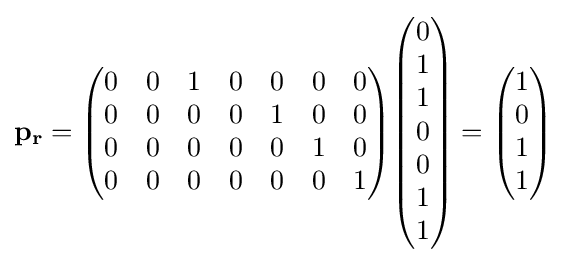
\mathbf {p_{r}} ={\begin{pmatrix}0&0&1&0&0&0&0\\0&0&0&0&1&0&0\\0&0&0&0&0&1&0\\0&0&0&0&0&0&1\\\end{pmatrix}}{\begin{pmatrix}0\\1\\1\\0\\0\\1\\1\end{pmatrix}}={\begin{pmatrix}1\\0\\1\\1\end{pmatrix}}